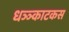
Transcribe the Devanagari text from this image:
धञ्ञ्काटकस